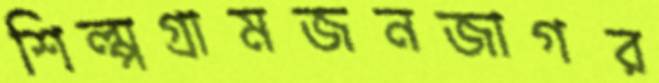
শিল্পগ্রামজনজাগর